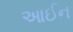
આઈન